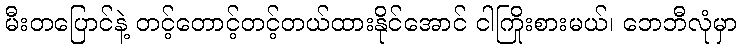
မီးတပြောင်နဲ့ တင့်တောင့်တင့်တယ်ထားနိုင်အောင် ငါကြိုးစားမယ်၊ ဘေဘီလုံမှာ